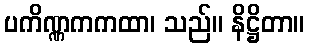
ပကိဏ္ဏကကထာ၊ သည်။ နိဋ္ဌိတာ။